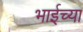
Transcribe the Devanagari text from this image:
भाईच्या